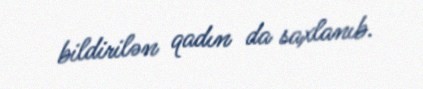
bildirilən qadın da saxlanıb.